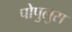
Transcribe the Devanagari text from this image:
पोपुलुस